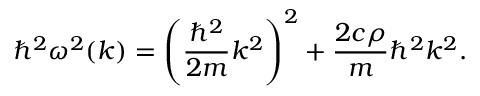
\hbar ^ { 2 } \omega ^ { 2 } ( k ) = \left( \displaystyle \frac { \hbar ^ { 2 } } { 2 m } k ^ { 2 } \right) ^ { 2 } + \frac { 2 c \rho } { m } \hbar ^ { 2 } k ^ { 2 } .